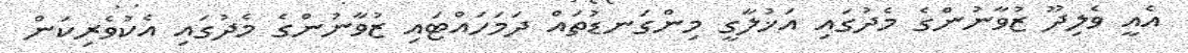
އެއީ ވެލިދޫ ޒުވާނުންގެ މެދުގައި އަޚުލާގީ މިންގަނޑުތައް ދަމަހައްޓައި ޒުވާނުންގެ މެދުގައި އެކުވެރިކަން